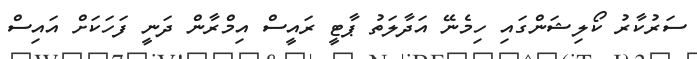
ސަރުކާރު ކޯލިޝަންގައި ހިމެނޭ އަދާލަތު ޕާޓީ ރައީސް އިމްރާން ދަނީ ފަހަކަށް އައިސް